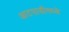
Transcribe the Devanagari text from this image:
आटपाडीमध्ये